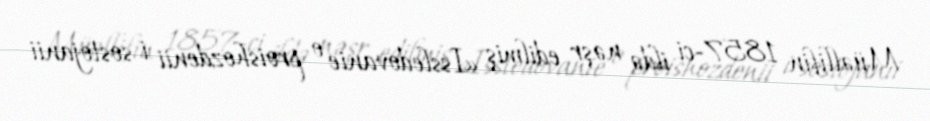
Müəllifin 1857-ci ildə nəşr edilmiş «Issledovanie o proishozdenii i sostojanii